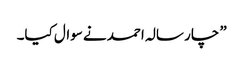
” چار سالہ احمد نے سوال کیا۔